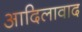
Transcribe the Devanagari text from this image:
आदिलावाद